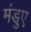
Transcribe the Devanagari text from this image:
मंडुए